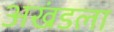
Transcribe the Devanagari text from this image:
अखंडला